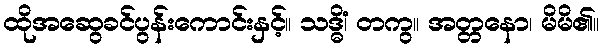
ထိုအဆွေခင်ပွန်းကောင်းနှင့်။ သဒ္ဓိံ၊ တကွ။ အတ္တနော၊ မိမိ၏။